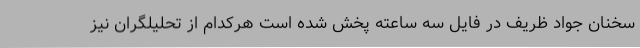
سخنان جواد ظریف در فایل سه ساعته پخش شده است هرکدام از تحلیلگران نیز